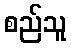
စည်သူ